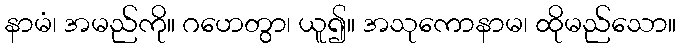
နာမံ၊ အမည်ကို။ ဂဟေတွာ၊ ယူ၍။ အသုကောနာမ၊ ထိုမည်သော။